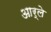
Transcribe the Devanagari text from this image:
आर्ले